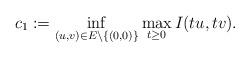
\begin{align*}c_{1}:=\mathop{\inf}\limits_{(u,v)\in E\setminus\{(0,0)\}}\mathop{\max}\limits_{t\geq0}I(tu,tv).\end{align*}